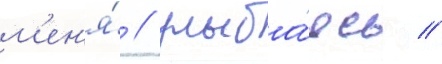
м'ен'я́ / улыба́ясь //